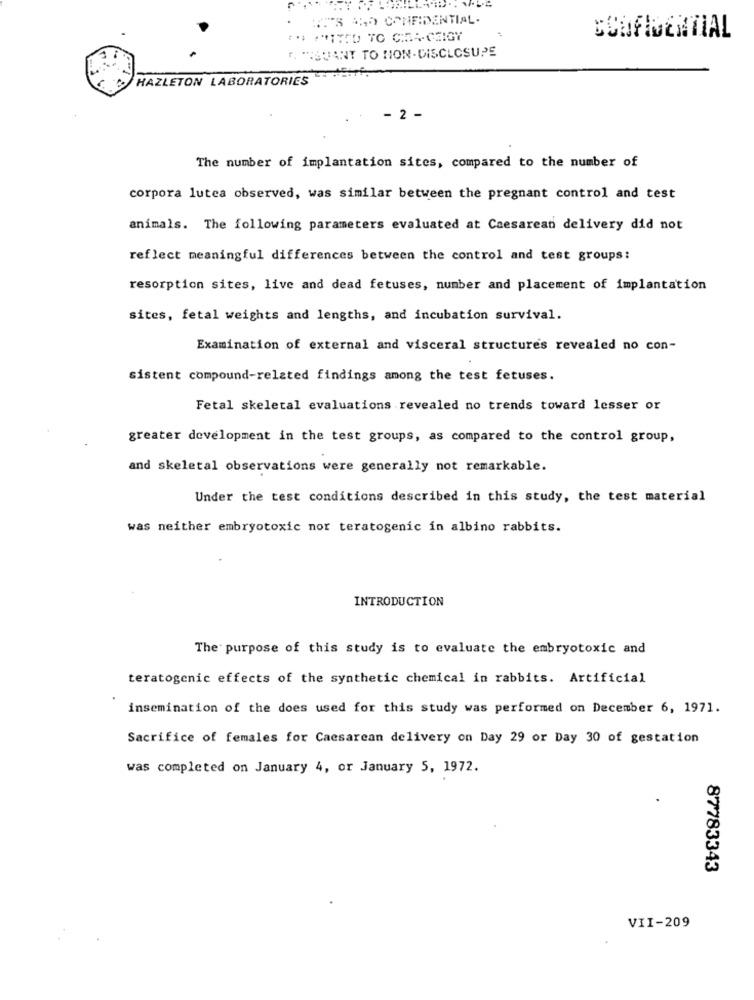
IT'S AD CONFIDENTIAL.
** *** ITED TO CIE-GEIGY
FARTSUANT TO NON-DISCLOSURE
HAZLETON LABORATORIES
2 -
The number of implantation sites, compared to the number of
corpora lutea observed, was similar between the pregnant control and test
animals. The following parameters evaluated at Caesarean delivery did not
reflect meaningful differences between the control and test groups:
resorption sites, live and dead fetuses, number and placement of implantation
sites, fetal weights and lengths, and incubation survival.
Examination of external and visceral structures revealed no con-
sistent compound-related findings among the test fetuses.
Fetal skeletal evaluations revealed no trends toward lesser or
greater development in the test groups, as compared to the control group,
and skeletal observations were generally not remarkable.
Under the test conditions described in this study, the test material
was neither embryotoxic nor teratogenic in albino rabbits.
INTRODUCTION
The purpose of this study is to evaluate the embryotoxic and
teratogenic effects of the synthetic chemical in rabbits. Artificial
insemination of the does used for this study was performed on December 6, 1971.
Sacrifice of females for Caesarean delivery on Day 29 or Day 30 of gestation
was completed on January 4, or January 5, 1972.
87783343
VII-209